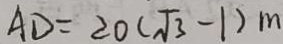
A D = 2 0 ( \sqrt { 3 } - 1 ) m